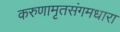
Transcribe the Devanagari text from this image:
करुणामृतसंगमधारा